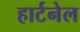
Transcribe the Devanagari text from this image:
हार्टनेल